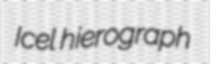
Icel hierograph